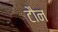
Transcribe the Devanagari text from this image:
टौन